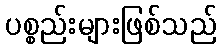
ပစ္စည်းများဖြစ်သည်